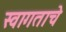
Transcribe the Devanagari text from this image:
स्वागताचे